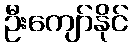
ဦးကျော်နိုင်